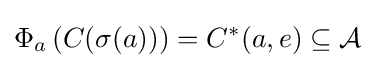
\Phi _{a}\left(C(\sigma (a))\right)=C^{*}(a,e)\subseteq {\mathcal {A}}